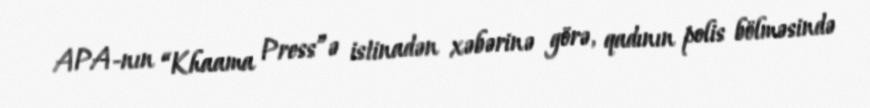
APA-nın “Khaama Press”ə istinadən xəbərinə görə, qadının polis bölməsində